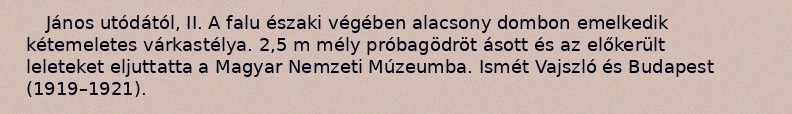
János utódától, II. A falu északi végében alacsony dombon emelkedik kétemeletes várkastélya. 2,5 m mély próbagödröt ásott és az előkerült leleteket eljuttatta a Magyar Nemzeti Múzeumba. Ismét Vajszló és Budapest (1919–1921).